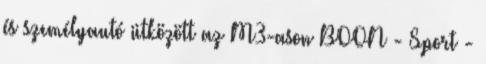
és személyautó ütközött az M3-ason BOON - Sport -